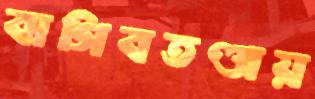
বাগিবতণ্ডায়